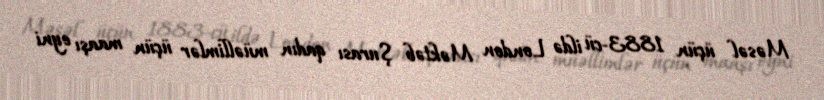
Məsəl üçün 1883-cü ildə London Məktəb Şurası qadın müəllimlər üçün maaşı eyni